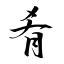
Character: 肴